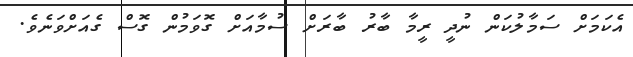
އެކަމަށް ސަމާލުކަން ނުދީ ރީމާ ބާރު ބާރަށް ސުމާއަށް ގޮވަމުން ގޮސް ގެއަށްވަނެވެ.